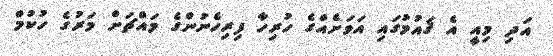
އަދި މިއީ އެ ޤައުމުގައި އަވަށެއްގެ ހުރިހާ ފިރިހެނުންގެ މައްޗަށް މަރުގެ ހުކުމް